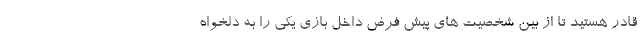
قادر هستید تا از بین شخصیت های پیش فرض داخل بازی یکی را به دلخواه